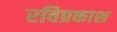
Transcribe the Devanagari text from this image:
रविप्रकाश